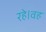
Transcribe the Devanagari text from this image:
रहे।वह